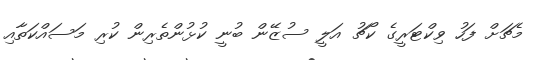
މެޗަށް ފަހު ވިކްޓަރީގެ ކޯޗު އަލީ ސުޒޭން ބުނީ ކުޅުންތެރިން ކުރި މަސައްކަތާއި